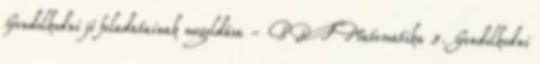
Gondolkodni jó feladatainak megoldása - PDF Matematika 5. Gondolkodni